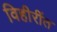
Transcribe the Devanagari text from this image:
विहीरींत